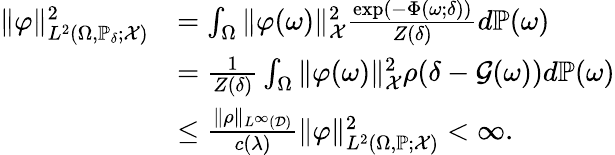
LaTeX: \begin{array}{rl}{\| \varphi\| _{L^{2}(\Omega,\mathbb{P}_{\delta};\mathcal{X})}^{2}}&{=\int_{\Omega}\| \varphi(\omega)\| _{\mathcal{X}}^{2}\frac{\exp\left(-\Phi(\omega;\delta)\right)}{Z(\delta)}d\mathbb{P}(\omega)}\\ &{=\frac{1}{Z(\delta)}\int_{\Omega}\| \varphi(\omega)\| _{\mathcal{X}}^{2}\rho(\delta-\mathcal{G}(\omega))d\mathbb{P}(\omega)}\\ &{\le\frac{\| \rho\| _{L^{\infty}(\mathcal{D})}}{c(\lambda)}\| \varphi\| _{L^{2}(\Omega,\mathbb{P};\mathcal{X})}^{2}<\infty.}\end{array}